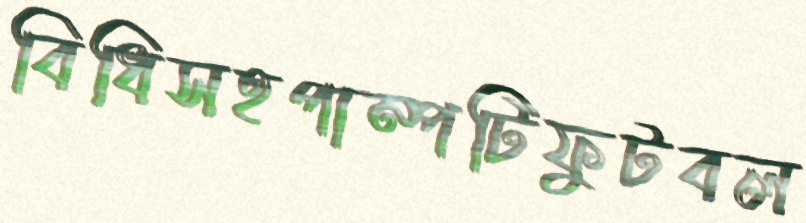
বিধিসহপাম্পটিফুটবল